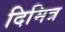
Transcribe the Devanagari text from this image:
दिमित्र